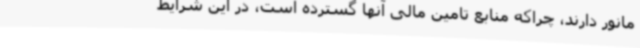
مانور دارند، چراکه منابع تامین مالی آنها گسترده است، در این شرایط